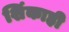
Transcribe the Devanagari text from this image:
शिंकाही